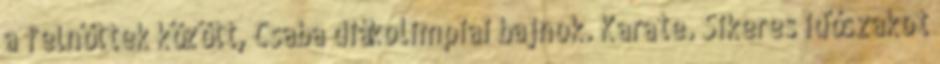
a felnőttek között, Csaba diákolimpiai bajnok. Karate. Sikeres időszakot